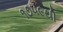
૧૭૫૯થી